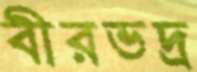
বীরভদ্র